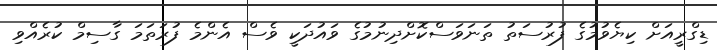
ޑިގްރީއަށް ކިޔެވުމުގެ ފުރުސަތު ތަނަވަސްކޮށްދިނުމުގެ ވައުދަކީ ވެސް އެންމެ ފުރަތަމަ ގާސިމް ކުރެއްވި